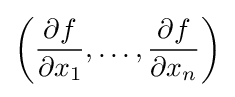
\left({\frac {\partial f}{\partial x_{1}}},\ldots ,{\frac {\partial f}{\partial x_{n}}}\right)